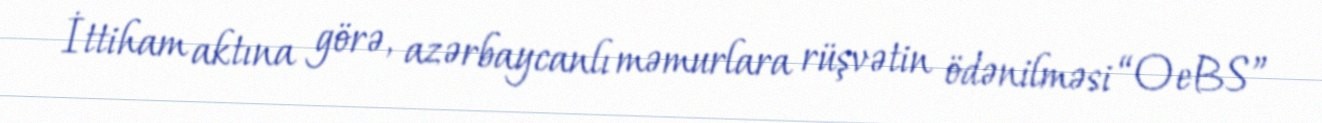
İttiham aktına görə, azərbaycanlı məmurlara rüşvətin ödənilməsi “OeBS”